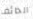
الخائف